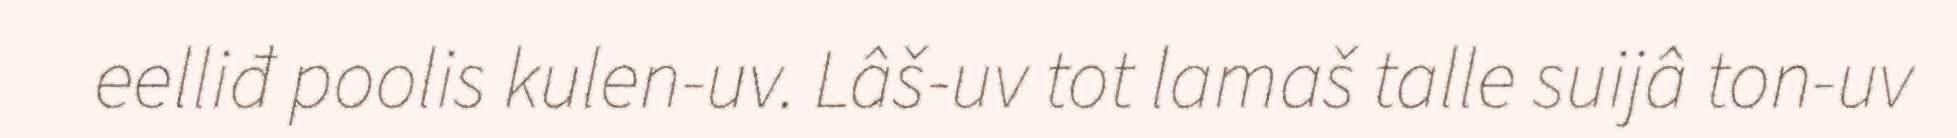
eelliđ poolis kulen-uv. Lâš-uv tot lamaš talle suijâ ton-uv